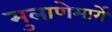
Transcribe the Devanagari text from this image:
मुलाणेमार्गे